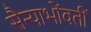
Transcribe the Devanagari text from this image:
सैन्याभोंवतीं